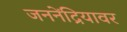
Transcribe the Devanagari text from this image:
जननेंद्रियावर